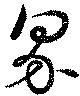
界